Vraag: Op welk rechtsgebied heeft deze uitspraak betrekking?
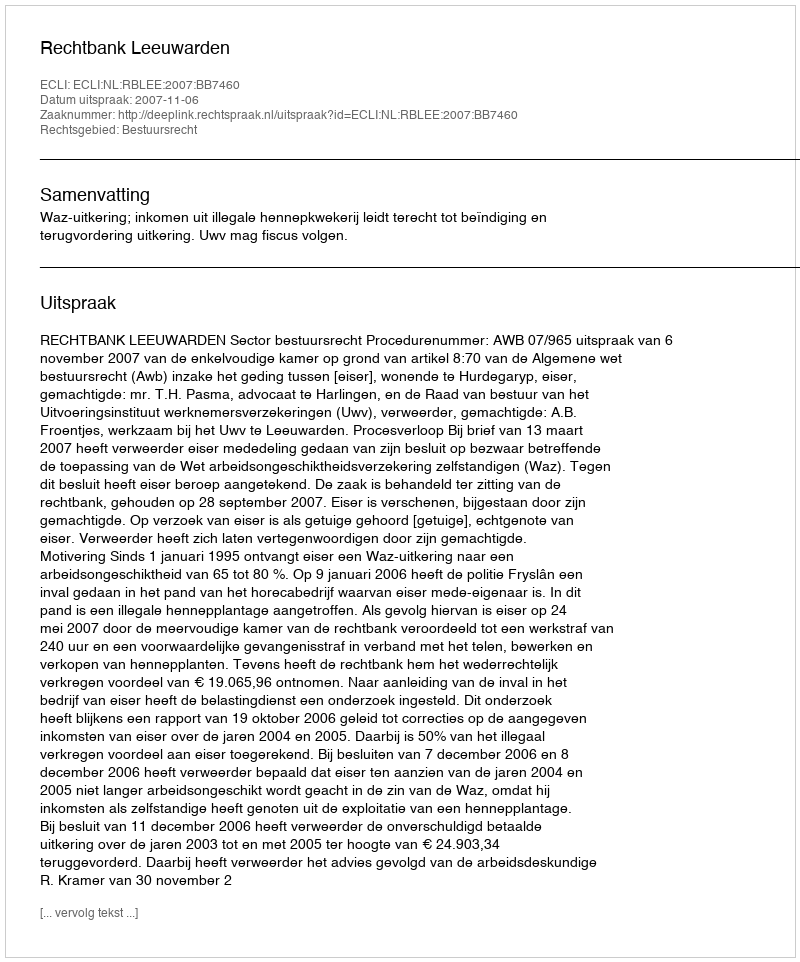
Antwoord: Bestuursrecht